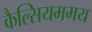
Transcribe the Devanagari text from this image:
कैल्सियममय